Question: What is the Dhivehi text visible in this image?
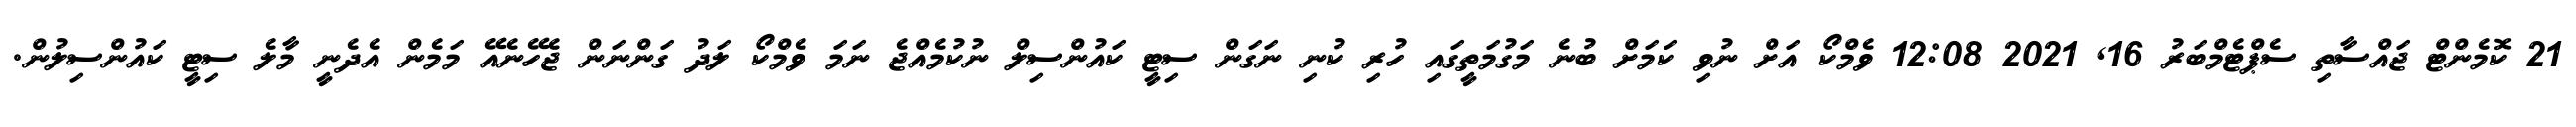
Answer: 21 ކޮމެންޓް ޖައްސާތި ސެޕްޓެމްބަރު 16, 2021 12:08 ވެމްކޯ އަށް ނުވި ކަމަށް ބުނެ މަގުމަތީގައި ހުރި ކުނި ނަގަން ސިޓީ ކައުންސިލް ނުކުމެއްޖެ ނަމަ ވެމްކޯ ލަދު ގަންނަން ޖެހޭނެއޭ މަމެން އެދެނީ މާލެ ސިޓީ ކައުންސިލުން.